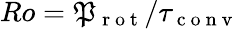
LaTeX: Ro=\mathfrak{P}_{\mathrm{{~r~o~t~}}}/\tau_{\mathrm{{~c~o~n~v~}}}